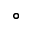
^ { \circ }